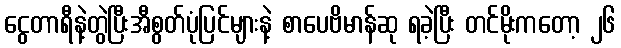
ငွေတာရီနဲ့တွဲပြီးအီစွတ်ပုံပြင်များနဲ့ စာပေဗိမာန်ဆု ရခဲ့ပြီး တင်မိုးကတော့ ၂၆